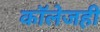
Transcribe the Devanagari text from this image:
काॅलेजही